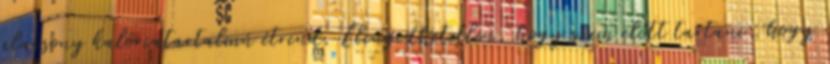
alacsony kalóriatartalmú étrend. Elengedhetetlen, hogy szem előtt tartani, hogy